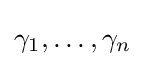
\gamma _{1},\ldots ,\gamma _{n}